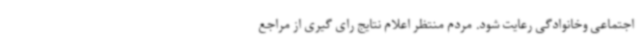
اجتماعی وخانوادگی رعایت شود. مردم منتظر اعلام نتایج رای گیری از مراجع